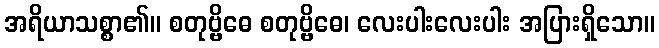
အရိယာသစ္စာ၏။ စတုဗ္ဗိဓေ စတုဗ္ဗိဓေ၊ လေးပါးလေးပါး အပြားရှိသော။